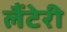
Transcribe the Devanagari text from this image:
लैंटेरी